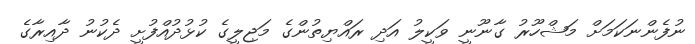
ނުފެންނަކަމަށް މަޝްހޫރު ގާނޫނީ ވަކީލު އަދި ރައްޔިތުންގެ މަޖިލީގެ ކުޅުދުއްފުށީ ދެކުނު ދާއިރާގެ